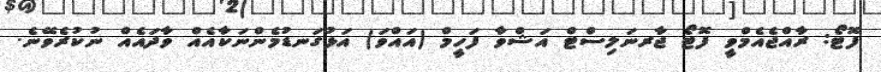
ފޮޓޯ: ރާއްޖެއެމްވީ ފޮޓޯ ޖާރނަލިސްޓް އަޝްވާ ފަހީމް (އައްވަ) އަޅުގަނޑުމެންނަކާއެއް ވާދައެއް ނުކުރެވޭނެ.